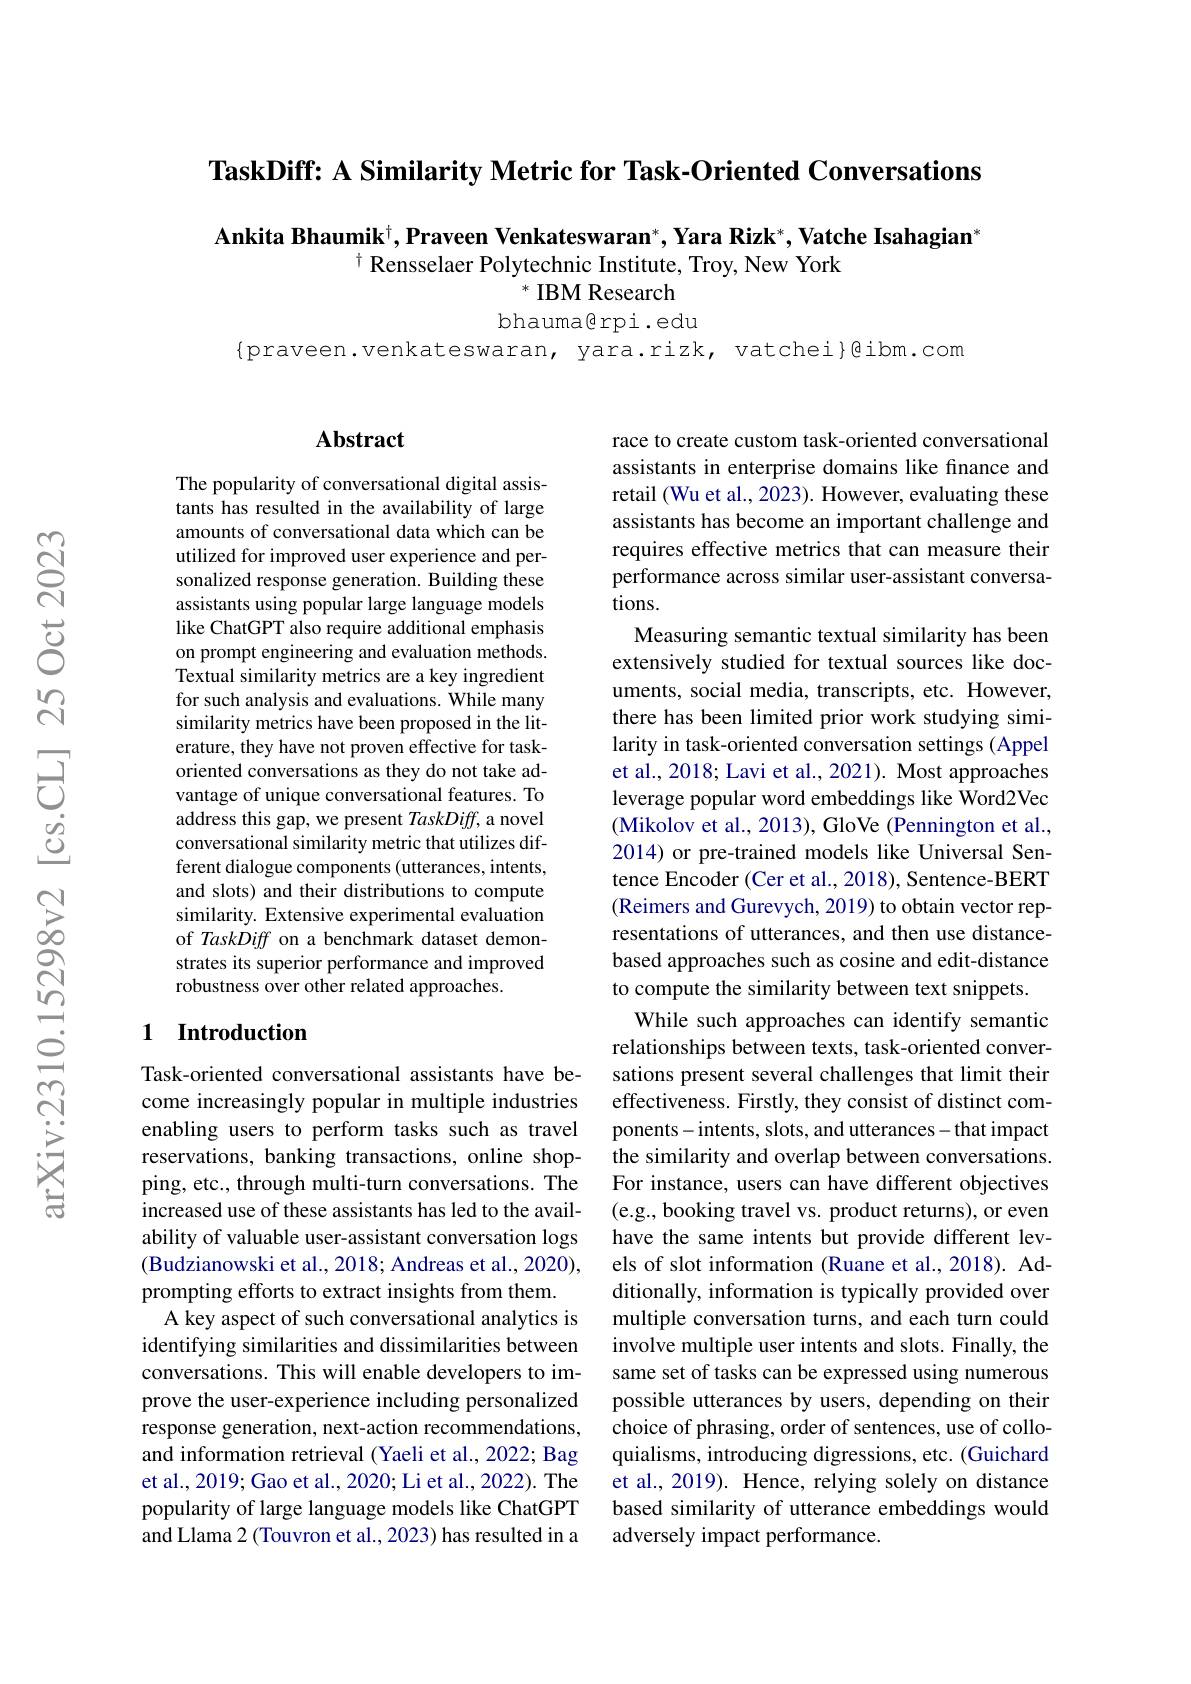
TaskDiff: A Similarity Metric for Task-Oriented Conversations

Ankita Bhaumik$^+$,Praveen Venkateswaran$^*$,Yara Rizk$^*,\textbf{Vatche Isahagian}^*$
$^{\dagger}$ Rensselaer Polytechnic Institute, Troy, New York
### $^*$ IBM Research

bhauma@rpi.edu

$\{$praveen.venkateswaran, yara.rizk, vatchei{@ibm.com}

## $\mathbf{Abstract}$

The popularity of conversational digital assistants has resulted in the availability of large amounts of conversational data which can be utilized for improved user experience and personalized response generation. Building these assistants using popular large language models like ChatGPT also require additional emphasis on prompt engineering and evaluation methods. Textual similarity metrics are a key ingredient for such analysis and evaluations. While many similarity metrics have been proposed in the literature, they have not proven effective for taskoriented conversations as they do not take advantage of unique conversational features. To address this gap, we present TaskDiff, a novel conversational similarity metric that utilizes different dialogue components (utterances, intents, and slots) and their distributions to compute similarity. Extensive experimental evaluation of TaskDiff on a benchmark dataset demonstrates its superior performance and improved robustness over other related approaches.

race to create custom task-oriented conversational assistants in enterprise domains like finance and retail (Wu et al., 2023). However, evaluating these assistants has become an important challenge and requires effective metrics that can measure their performance across similar user-assistant conversations.
Measuring semantic textual similarity has been extensively studied for textual sources like documents, social media, transcripts, etc. However, there has been limited prior work studying similarity in task-oriented conversation settings (Appel et al., 2018; Lavi et al., 2021). Most approaches leverage popular word embeddings like Word2Vec (Mikolov et al., 2013), GloVe (Pennington et al., 2014) or pre-trained models like Universal Sentence Encoder (Cer et al., 2018), Sentence-BERT (Reimers and Gurevych, 2019) to obtain vector representations of utterances, and then use distancebased approaches such as cosine and edit-distance to compute the similarity between text snippets.
While such approaches can identify semantic relationships between texts, task-oriented conversations present several challenges that limit their effectiveness. Firstly, they consist of distinct components-intents, slots, and utterances-that impact the similarity and overlap between conversations. For instance, users can have different objectives (e.g., booking travel vs. product returns), or even have the same intents but provide different levels of slot information (Ruane et al., 2018). Additionally, information is typically provided over multiple conversation turns, and each turn could involve multiple user intents and slots. Finally, the same set of tasks can be expressed using numerous possible utterances by users, depending on their choice of phrasing, order of sentences, use of colloquialisms, introducing digressions, etc. (Guichard et al., 2019). Hence, relying solely on distance based similarity of utterance embeddings would adversely impact performance.

## 1 Introduction

Task-oriented conversational assistants have become increasingly popular in multiple industries enabling users to perform tasks such as travel reservations, banking transactions, online shopping, etc., through multi-turn conversations. The increased use of these assistants has led to the availability of valuable user-assistant conversation logs (Budzianowski et al., 2018; Andreas et al., 2020), prompting efforts to extract insights from them.
A key aspect of such conversational analytics is identifying similarities and dissimilarities between conversations. This will enable developers to improve the user-experience including personalized response generation, next-action recommendations, and information retrieval (Yaeli et al., 2022; Bag et al., 2019; Gao et al., 2020; Li et al., 2022). The popularity of large language models like ChatGPT and Llama 2 (Touvron et al., 2023) has resulted in a